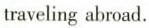
traveling abroad.